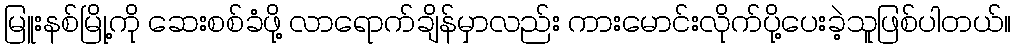
မြူးနစ်မြို့ကို ဆေးစစ်ခံဖို့ လာရောက်ချိန်မှာလည်း ကားမောင်းလိုက်ပို့ပေးခဲ့သူဖြစ်ပါတယ်။